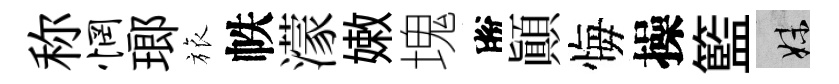
称惘瑯旅帙濛嫩塊脫顚悔操籃妹